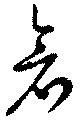
倉